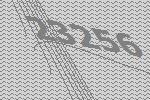
23256